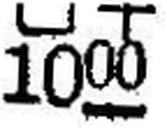
1000